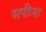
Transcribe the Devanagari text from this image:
सपीना